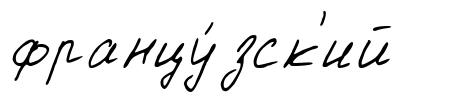
францу́зск'ий